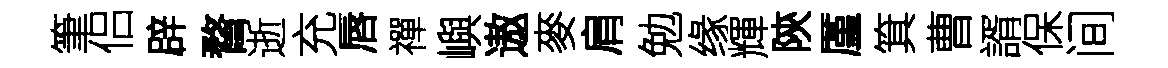
筆侣辟瞀逝充唇禪嶼遨麥肩勉缘輝陝厪箕曹諝保间